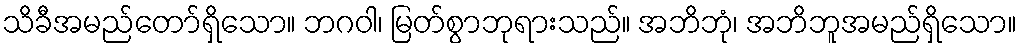
သိခီအမည်တော်ရှိသော။ ဘဂဝါ၊ မြတ်စွာဘုရားသည်။ အဘိဘုံ၊ အဘိဘူအမည်ရှိသော။